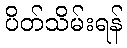
ပိတ်သိမ်းရန်